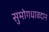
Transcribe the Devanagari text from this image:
सुमोगधावदान